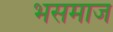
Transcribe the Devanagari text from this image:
भसमाज